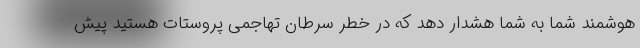
هوشمند شما به شما هشدار دهد که در خطر سرطان تهاجمی پروستات هستید پیش